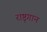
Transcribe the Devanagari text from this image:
राष्टृगान